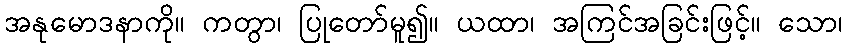
အနုမောဒနာကို။ ကတွာ၊ ပြုတော်မူ၍။ ယထာ၊ အကြင်အခြင်းဖြင့်။ သော၊